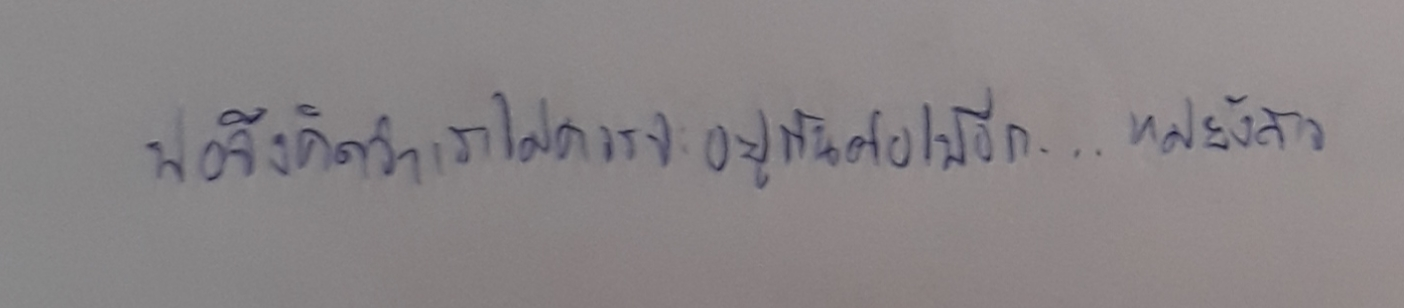
พ่อจึงคิดว่าเราไม่ควรจะอยู่กันต่อไปอีก...แม่ยังสาว